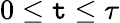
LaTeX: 0\leq\mathtt{t}\leq\tau